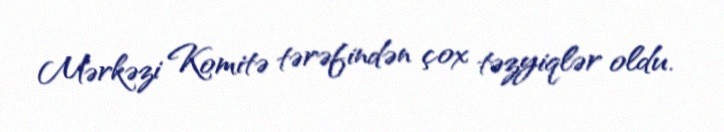
Mərkəzi Komitə tərəfindən çox təzyiqlər oldu.